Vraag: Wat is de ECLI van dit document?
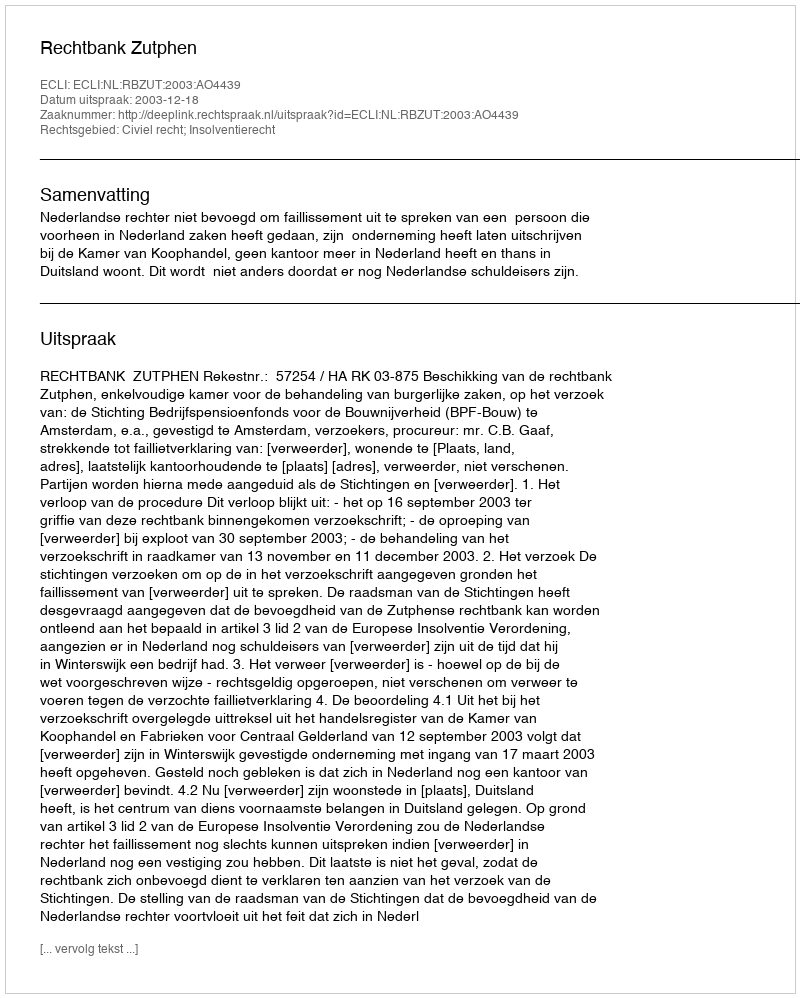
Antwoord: ECLI:NL:RBZUT:2003:AO4439